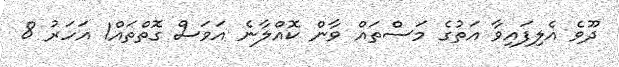
ދޫވެ އެލިފައިވާ އަތުގެ މަސްތައް ވާން ކޮއްލާނެ އަވަސް ގޮތްތައް1 އަހަރު 8